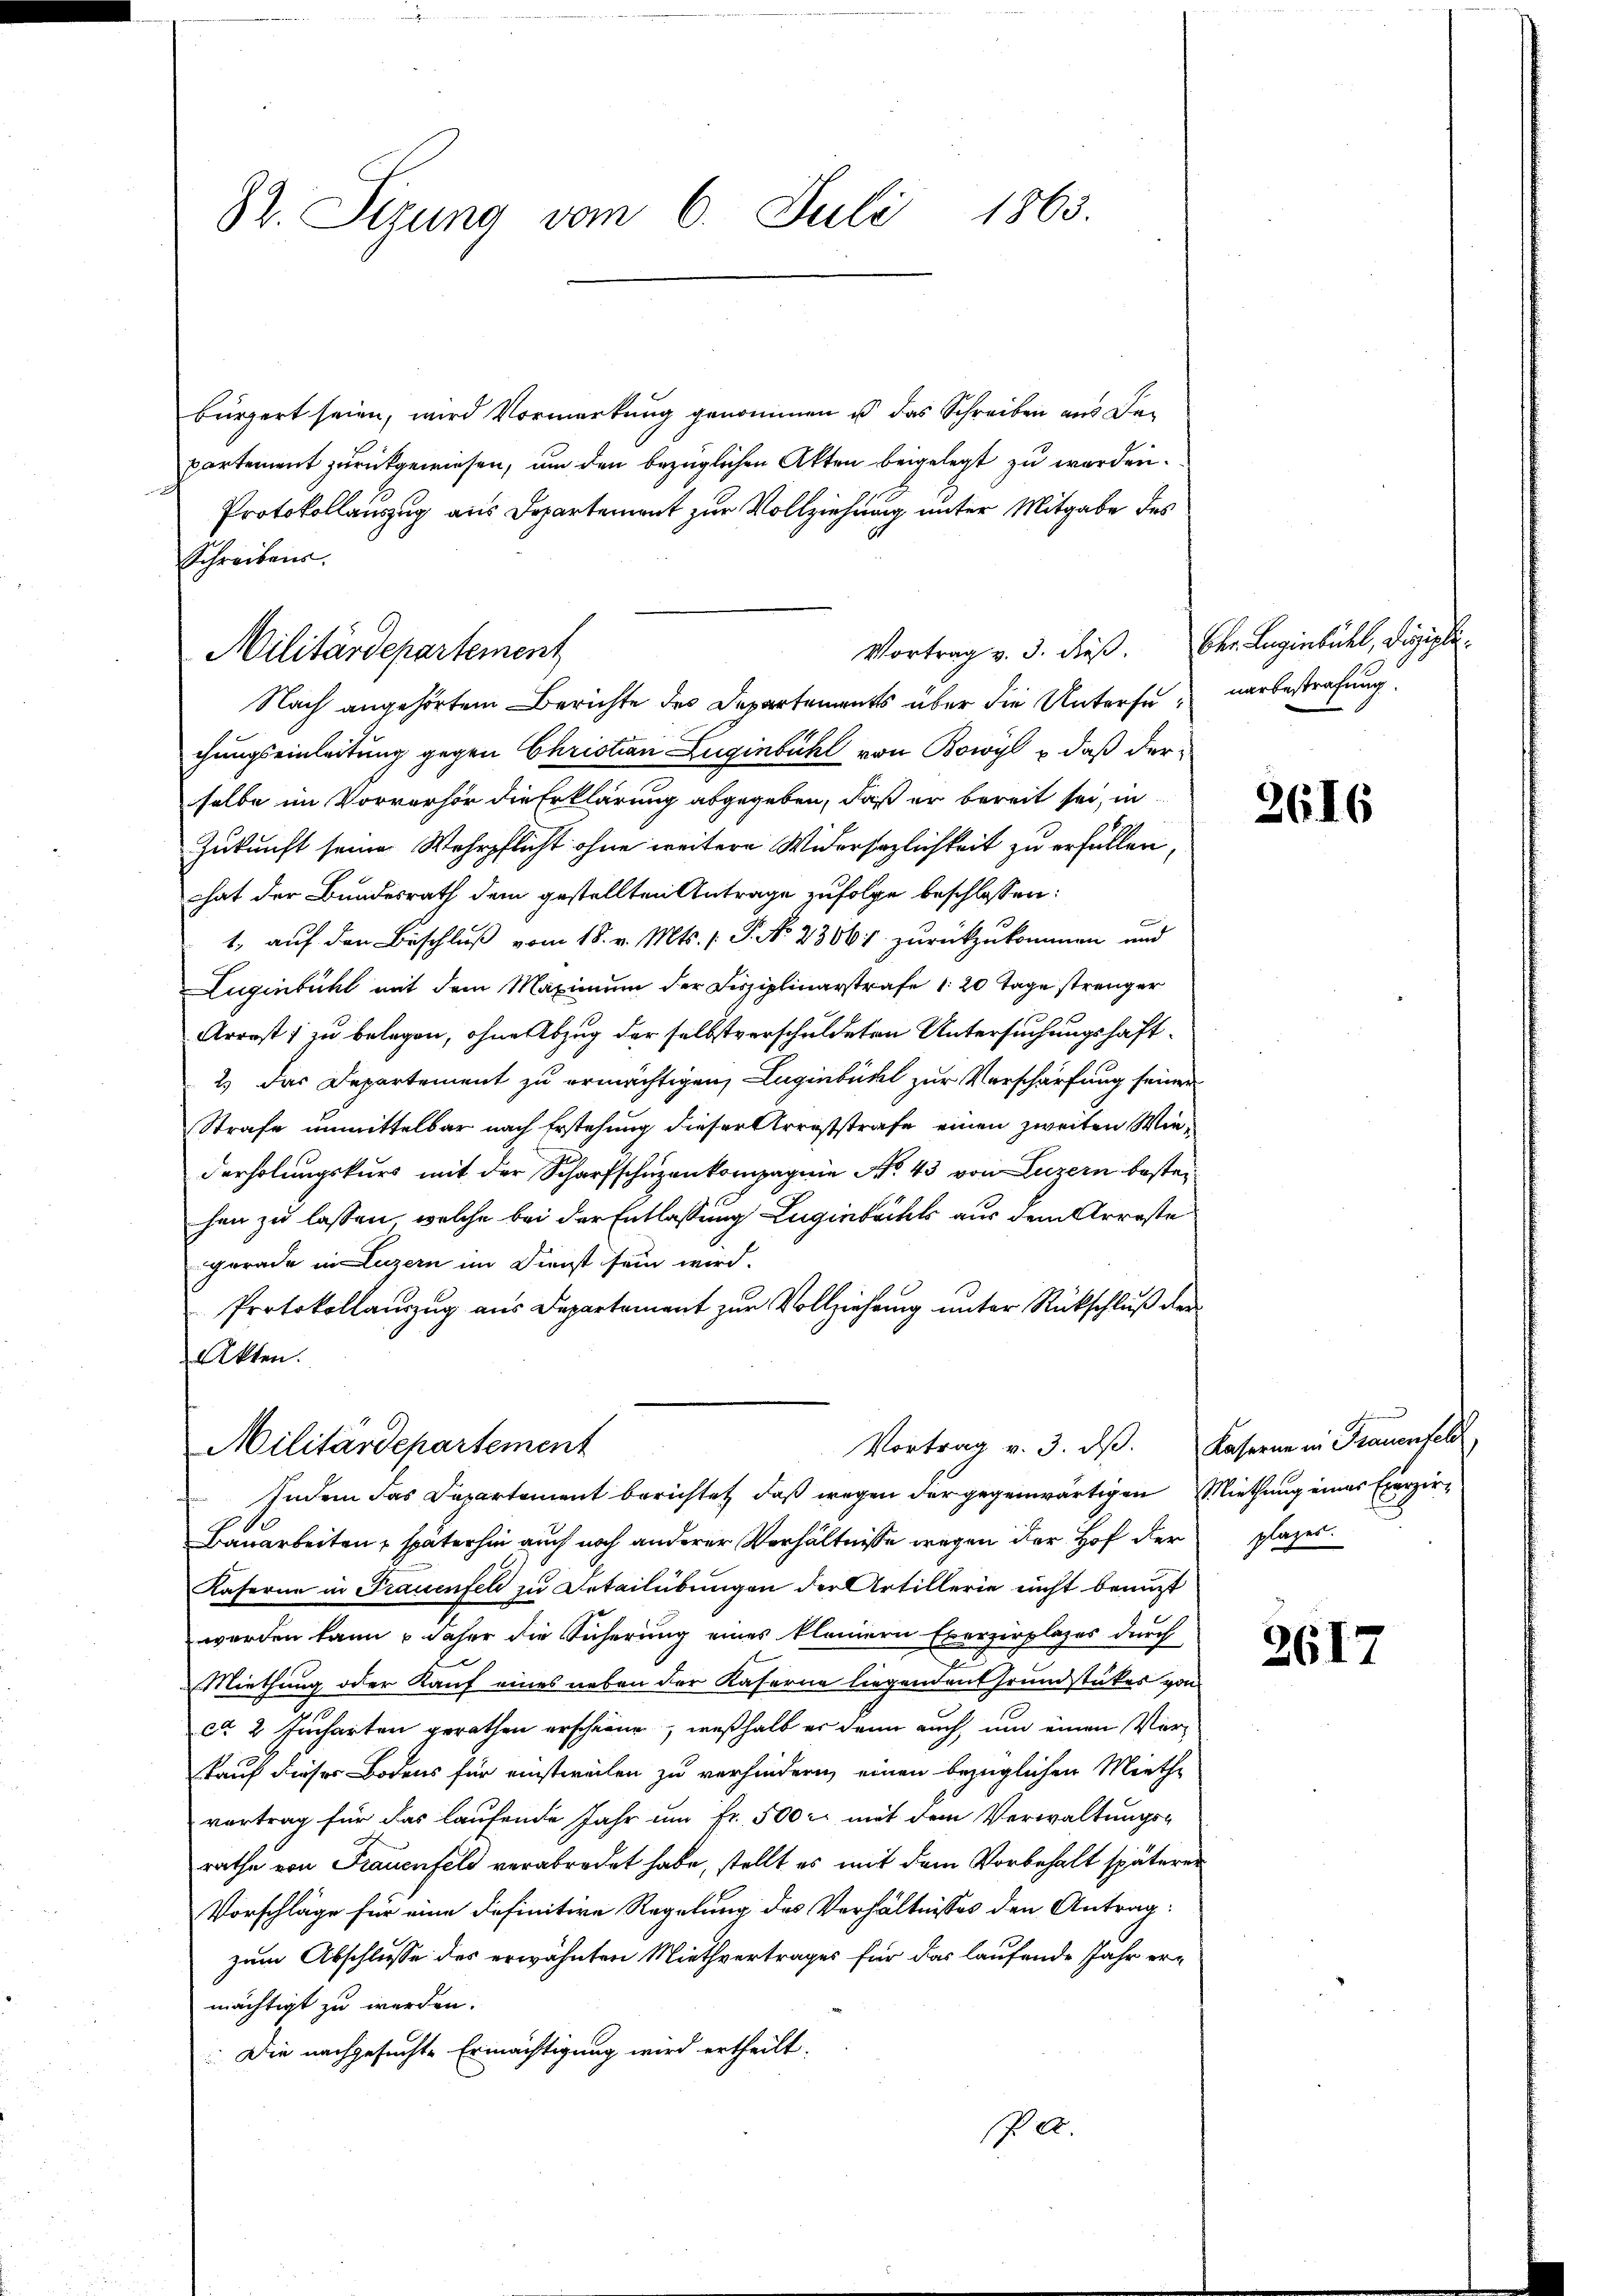
82. Sizung vom 6. Juli 1863.

Militärdepartement

bürgert seien, wird Vormerkung genommen ist das Schreiben aus Departement zurückgewiesen, um den bezüglichen Akten beigelegt zu werden.
Protokollauszug aus Departement zur Vollziehung unter Mitgabe des
Schreibens.
Nach angehörtem Berichte des Departements über die Untersenarbestrafung
chungseinleitung gegen Christian Zuginbühl von Bowyl & daß derselbe im Vorverhör die Erklärung abgegeben, daß er bereit sei, in
Zukunft seine Wehrpflicht ohne weitere Widersezlichkeit zu erfüllen,
hat der Bundesrath dem gestellten Antrage zufolge beschlossen:
1, auf den Beschluß vom 18. v. Mts. / P. No 23061 zurückzukommen und
Luginbühl mit dem Maximum der Disziplinarstrafe 120 Tage strenger
Arrest zu belegen, ohne Abzug der selbstverschuldeten Untersuchungshaft¬
2) Das Departement zu ermächtigen, Luginbühl zur Verschärfung seiner
Strafe unmittelbar nach Erstehung dieser Arreststrafe einen zweiten Wiederholungskurs mit der Scharfschuzenkompagnie No. 43 von Luzern besten
hen zu lassen, welche bei der Entlassung Luginbacht aus dem Arreste
gerade in Luzern im Dienst sein wird.
Protokollauszug aus Departement zur Vollziehung unter Rückschluß der
Akten.

Vortrag v. 3. ds. Kaserne in Frauenfeld
Militärdepartement
Indem das Departement berichtet, daß wegen der gegenwärtigen Miethung eines Exerzir¬

Bauarbeiten, späterhin auch noch anderer Verhältnisse wegen der Hof der
Kaserne in Frauenfeld zu Detailübungen der Artillerie nicht benuzt
werden kann & daher die Sicherung eines kleinern Exerzirplazes durch
Miethung oder Kauf eines neben der Kaserne liegenden Grundstückes von
ca 2 Jucharten gerathen erscheine, weßhalb er dann auch, um einen Verkauf dieser Bodens für einstweilen zu verhindern einen bezüglichen Miethe
vortrag für das laufende Jahr um Fr. 500 rl mit dem Verwaltungs-
rathe von Frauenfeld verabredet habe, stellt es mit dem Vorbehalt späterer
Vorschläge für eine definitive Regelung des Verhältnisses den Antrag:
zum Abschlusse des erwähnten Miethvertrages für das laufende Jahr er-
mächtigt zu werden.
.Die nachgesuchte Ermächtigung wird ertheilt.
P A.

Vortrag v. J. dieß. Der Lagenbühl, Diszipli¬

2616

plages.

2617